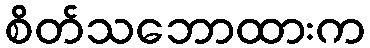
စိတ်သဘောထားက